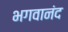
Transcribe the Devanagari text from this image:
भगवानंद